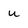
Character: u